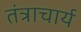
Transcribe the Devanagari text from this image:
तंत्राचार्य